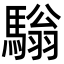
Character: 𩥛